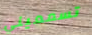
تسمعيني